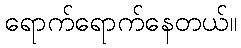
ရောက်ရောက်နေတယ်။